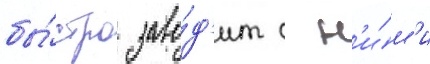
бы́стро заво́д'ит с н'и́м'и